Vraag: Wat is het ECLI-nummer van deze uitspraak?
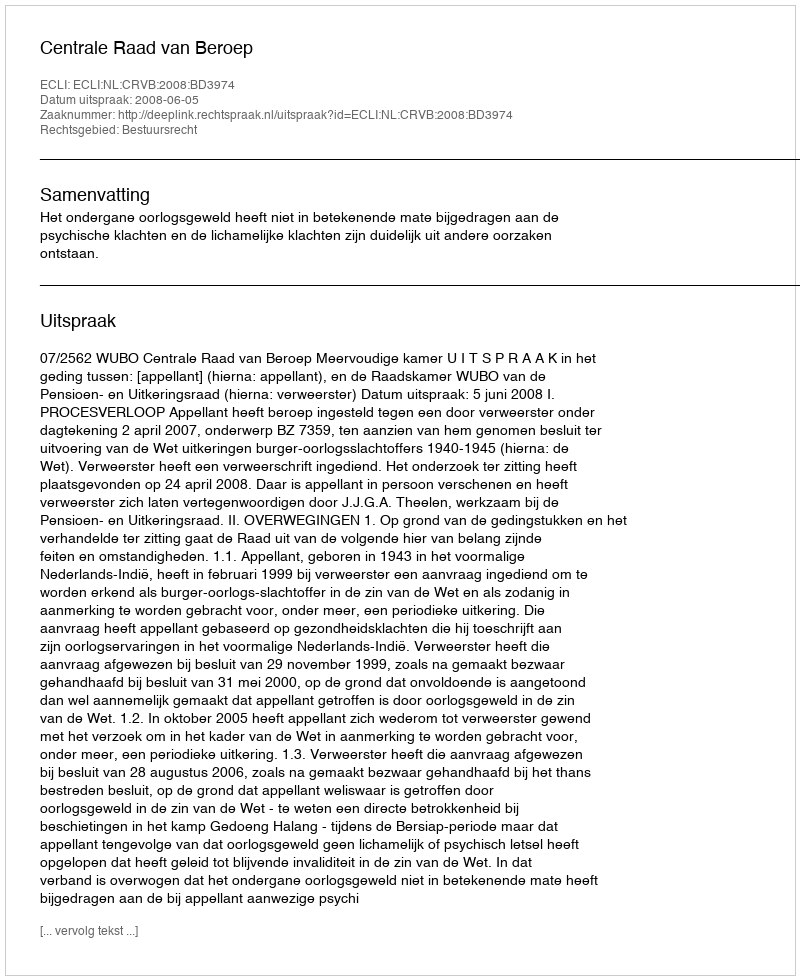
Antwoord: ECLI:NL:CRVB:2008:BD3974